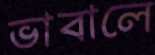
ভাবালে